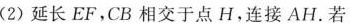
(2)延长EF，CB相交于点H，连接AH。若